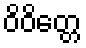
ဝိဝိတ္တေ